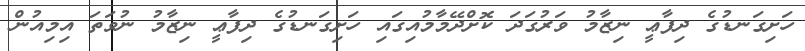
ހަށިގަނޑުގެ ދިފާޢީ ނިޒާމު ވަރުގަދަ ކޮށްދޭމާމުއިގައި ހަށިގަނޑުގެ ދިފާޢީ ނިޒާމު ނުވަތަ އިމިއުން